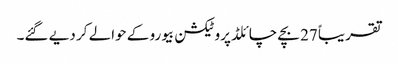
تقریباً 27 بچے چائلڈ پروٹیکشن بیورو کے حوالے کر دیے گئے۔